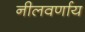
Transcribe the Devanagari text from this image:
नीलवर्णाय